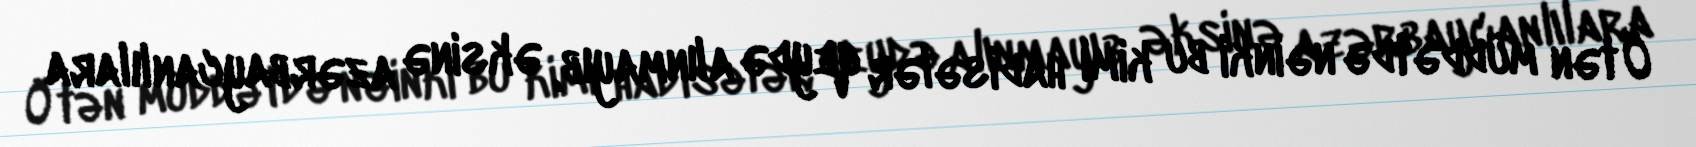
Ötən müddətdə nəinki bu kimi hadisələr qeydə alınmayıb, əksinə azərbaycanlılara